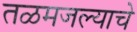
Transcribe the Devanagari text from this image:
तळमजल्याचे